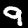
Label: 9